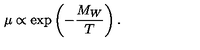
\mu \propto \exp \left( - { \frac { M _ { W } } { T } } \right) .